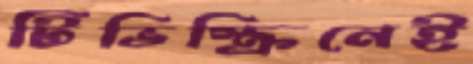
টিভিস্ক্রিনেই